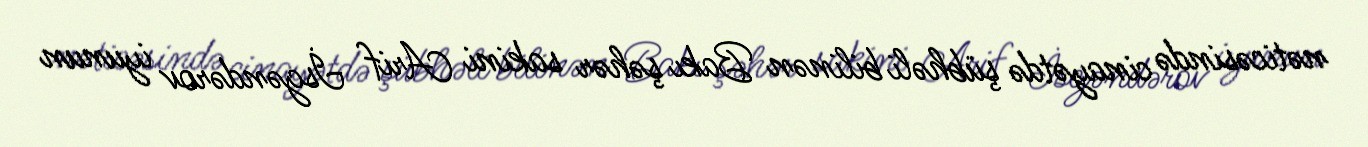
nəticəsində cinayətdə şübhəli bilinən Bakı şəhər sakini Arif İsgəndərov iyunun